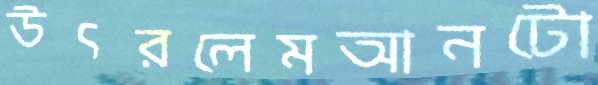
উৎরলেমআনটো